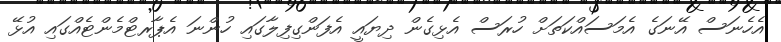
އެހެނަސް އޭނަގެ އެމަސައްކަތަށް ހުރަސް އެޅިގެން ދިޔައީ އެފަންގިފިލާގައި ހުންނަ އެޕާރޓްމެންޓެއްގައި އުޅޭ